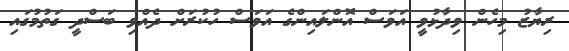
ރިޔާޒު މިހެން ވިދާޅުވީ އަވަސް އޮންލައިންގެ އަވަސް ހުކުރަށް ދެއްވި ބަސްދީ ގަތުމުގައި